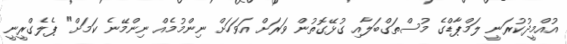
އުއްމީދުކުރަނީ ލަމްޕާޑްގެ މުސްތަގްބަލާއި ގުޅޭގޮތުން ވަރަށް އަވަހަށް ނިންމުމެއް ނިންމޭނެ ކަމަށް" ޕެލެގްރީނީ